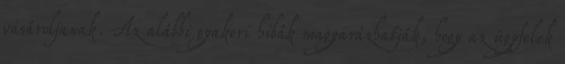
vásároljanak. Az alábbi gyakori hibák magyarázhatják, hogy az ügyfelek